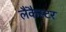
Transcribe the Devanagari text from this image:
लैंकैस्टर